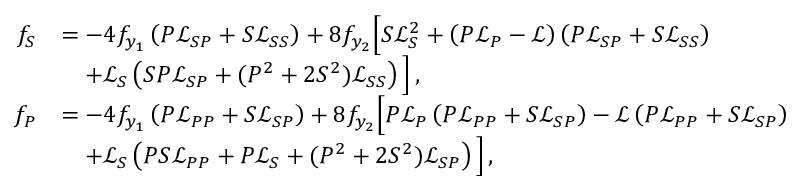
\begin{array} { r l } { f _ { S } } & { = - 4 f _ { y _ { 1 } } \left( P \mathcal { L } _ { S P } + S \mathcal { L } _ { S S } \right) + 8 f _ { y _ { 2 } } \Big [ S \mathcal { L } _ { S } ^ { 2 } + \left( P \mathcal { L } _ { P } - \mathcal { L } \right) \left( P \mathcal { L } _ { S P } + S \mathcal { L } _ { S S } \right) } \\ & { \quad + \mathcal { L } _ { S } \left( S P \mathcal { L } _ { S P } + ( P ^ { 2 } + 2 S ^ { 2 } ) \mathcal { L } _ { S S } \right) \Big ] \, , } \\ { f _ { P } } & { = - 4 f _ { y _ { 1 } } \left( P \mathcal { L } _ { P P } + S \mathcal { L } _ { S P } \right) + 8 f _ { y _ { 2 } } \Big [ P \mathcal { L } _ { P } \left( P \mathcal { L } _ { P P } + S \mathcal { L } _ { S P } \right) - \mathcal { L } \left( P \mathcal { L } _ { P P } + S \mathcal { L } _ { S P } \right) } \\ & { \quad + \mathcal { L } _ { S } \left( P S \mathcal { L } _ { P P } + P \mathcal { L } _ { S } + ( P ^ { 2 } + 2 S ^ { 2 } ) \mathcal { L } _ { S P } \right) \Big ] \, , } \end{array}